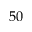
5 0